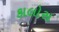
કાલોસ